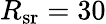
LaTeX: R_{\textrm{sr}}=30